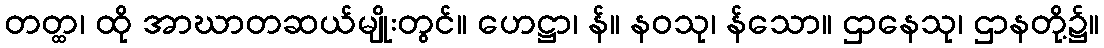
တတ္ထ၊ ထို အာဃာတဆယ်မျိုးတွင်။ ဟေဋ္ဌာ၊ န်။ နဝသု၊ န်သော။ ဌာနေသု၊ ဌာနတို့၌။